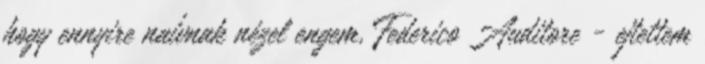
hogy ennyire naívnak nézel engem, Federico Auditore - ejtettem